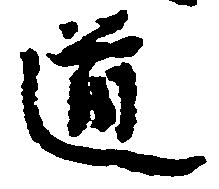
道